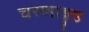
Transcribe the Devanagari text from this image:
चरणाङ्गुष्ठ